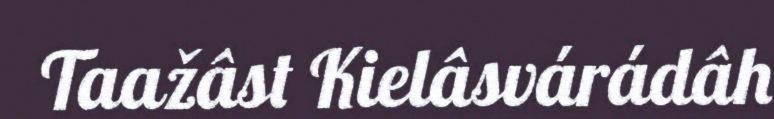
Taažâst Kielâsvárádâh